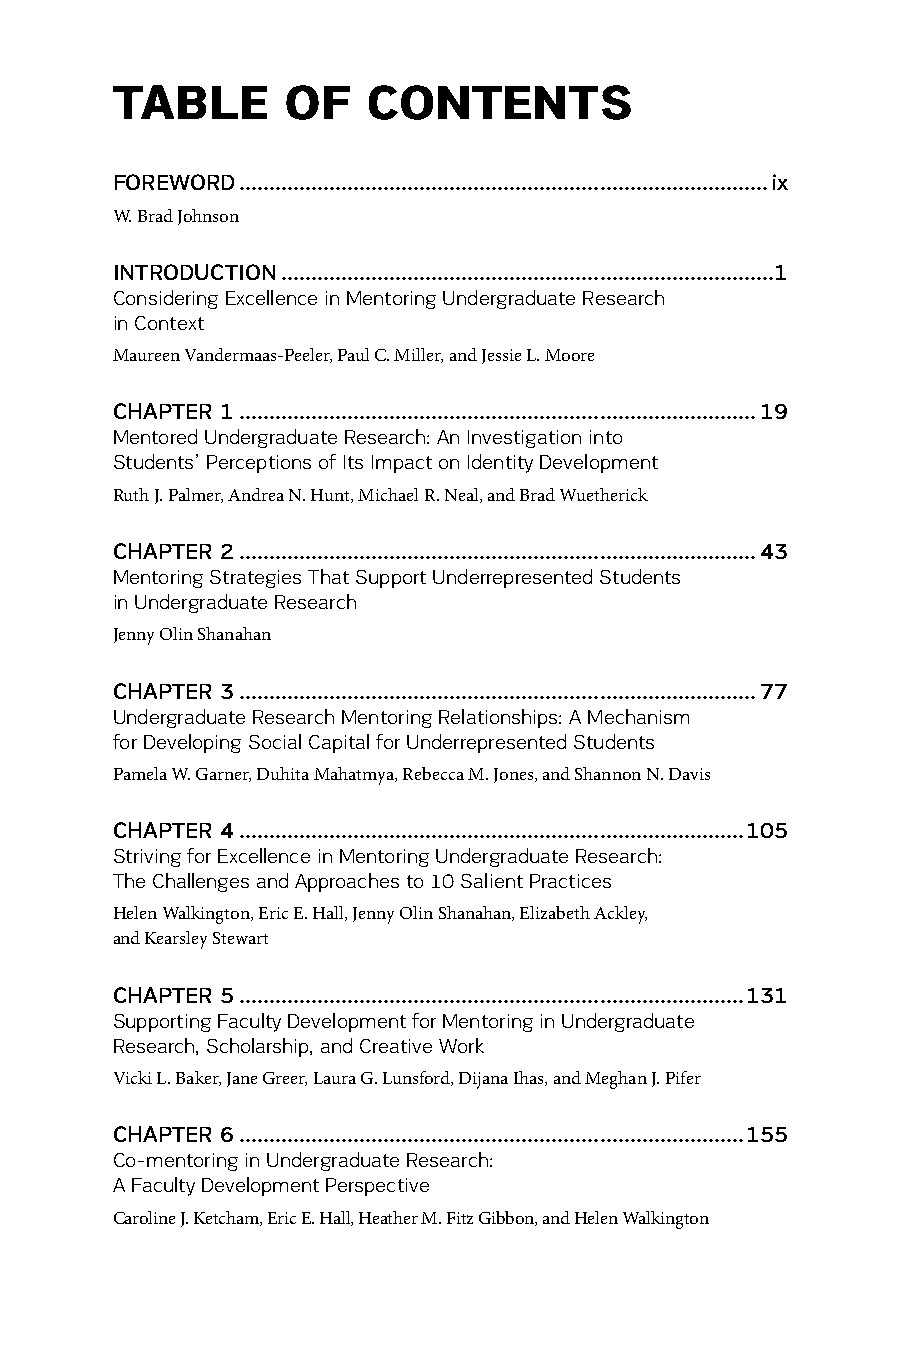
TABLE       OF   CONTENTS
 FOREWORD ........................................................................................ix
 W. Brad Johnson
 INTRODUCTION ..................................................................................1
 Considering Excellence in Mentoring Undergraduate Research
 in Context
 Maureen Vandermaas-Peeler, Paul C. Miller, and Jessie L. Moore
 CHAPTER 1 ......................................................................................19
 Mentored Undergraduate Research: An Investigation into
 Students’ Perceptions of Its Impact on Identity Development
 Ruth J. Palmer, Andrea N. Hunt, Michael R. Neal, and Brad Wuetherick
 CHAPTER 2 ......................................................................................43
 Mentoring Strategies That Support Underrepresented Students
 in Undergraduate Research
 Jenny Olin Shanahan
 CHAPTER 3 ......................................................................................77
 Undergraduate Research Mentoring Relationships: A Mechanism
 for Developing Social Capital for Underrepresented Students
 Pamela W. Garner, Duhita Mahatmya, Rebecca M. Jones, and Shannon N. Davis
 CHAPTER 4 ....................................................................................105
 Striving for Excellence in Mentoring Undergraduate Research:
 The Challenges and Approaches to 10 Salient Practices
 Helen Walkington, Eric E. Hall, Jenny Olin Shanahan, Elizabeth Ackley,
 and Kearsley Stewart
 CHAPTER 5 ....................................................................................131
 Supporting Faculty Development for Mentoring in Undergraduate
 Research, Scholarship, and Creative Work
 Vicki L. Baker, Jane Greer, Laura G. Lunsford, Dijana Ihas, and Meghan J. Pifer
 CHAPTER 6 ....................................................................................155
 Co-mentoring in Undergraduate Research:
 A Faculty Development Perspective
 Caroline J. Ketcham, Eric E. Hall, Heather M. Fitz Gibbon, and Helen Walkington